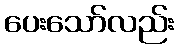
ပေးသော်လည်း